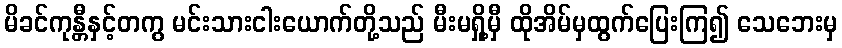
မိခင်ကုန္တီနှင့်တကွ မင်းသားငါးယောက်တို့သည် မီးမရှို့မှီ ထိုအိမ်မှထွက်ပြေးကြ၍ သေဘေးမှ